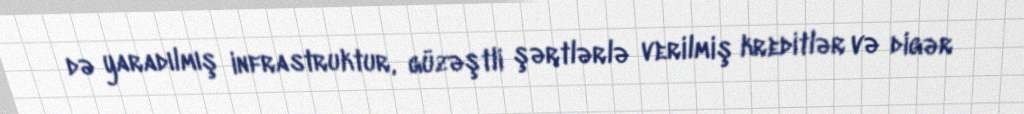
də yaradılmış infrastruktur, güzəştli şərtlərlə verilmiş kreditlər və digər